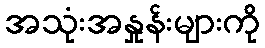
အသုံးအနှုန်းများကို